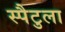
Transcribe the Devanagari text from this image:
स्पैटुला